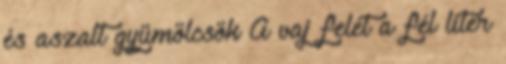
és aszalt gyümölcsök A vaj felét a fél liter